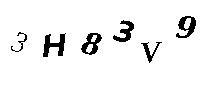
3H83V9